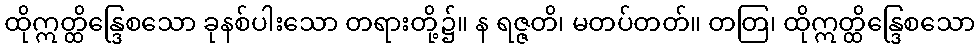
ထိုဣတ္ထိန္ဒြေစသော ခုနစ်ပါးသော တရားတို့၌။ န ရဇ္ဇတိ၊ မတပ်တတ်။ တတြ၊ ထိုဣတ္ထိန္ဒြေစသော